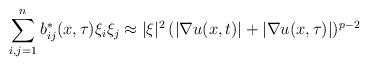
LaTeX: \begin{align*} \sum_{i,j=1}^n b^*_{ij} (x, \tau) \xi_i \xi_j \approx |\xi |^2 \, ( | \nabla u ( x, t ) | + | \nabla u ( x, \tau ) | )^{p-2} \end{align*}